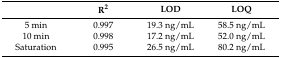
<table><thead><tr><td></td><td><b>R<sup>2</sup></b></td><td><b>LOD</b></td><td><b>LOQ</b></td></tr></thead><tbody><tr><td>5 min</td><td>0.997</td><td>19.3 ng/mL</td><td>58.5 ng/mL</td></tr><tr><td>10 min</td><td>0.998</td><td>17.2 ng/mL</td><td>52.0 ng/mL</td></tr><tr><td>Saturation</td><td>0.995</td><td>26.5 ng/mL</td><td>80.2 ng/mL</td></tr></tbody></table>